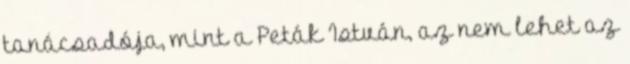
tanácsadója, mint a Peták István, az nem lehet az